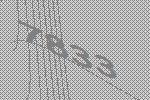
7833